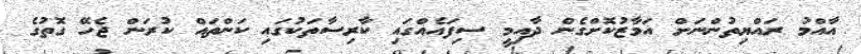
އާއްމު ރައްޔިތުންނަށް އަމާޒުކޮށްގެން ދާއިމީ ސިފައެއްގައި ކާރިސާތަކުގައި ކަންތައް ކުރަން ޖެހޭ ގޮތުގެ